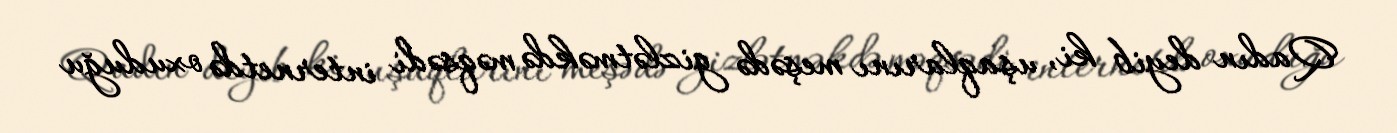
Qadın deyib ki, uşaqlarını meşədə gizlətməkdə məqsədi internetdə oxuduğu